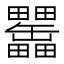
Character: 𤴊